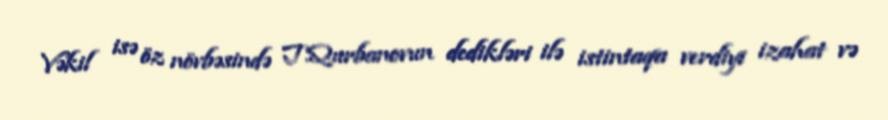
Vəkil isə öz növbəsində T.Qurbanovun dedikləri ilə istintaqa verdiyi izahat və